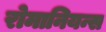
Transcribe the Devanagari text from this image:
रोमानियन्स